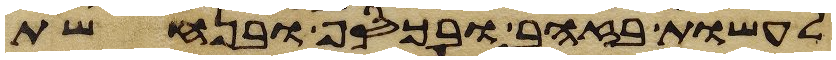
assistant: לעשות בזהב ובכסף ובנחשת